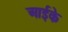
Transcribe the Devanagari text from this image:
आईके